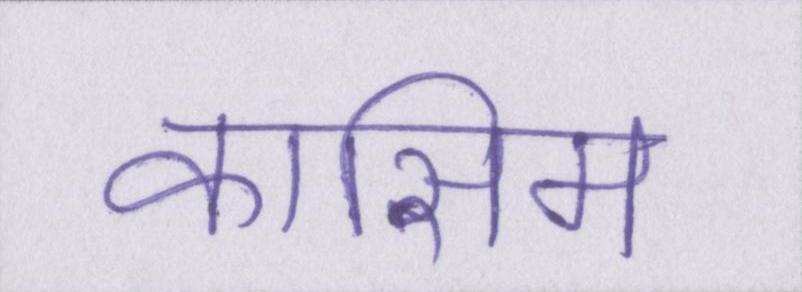
कासिम